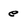
Character: e